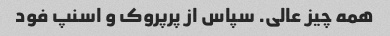
همه چیز عالی. سپاس از پرپروک و اسنپ فود